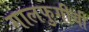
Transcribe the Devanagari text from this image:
गालफुगीची